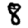
Digit: 8